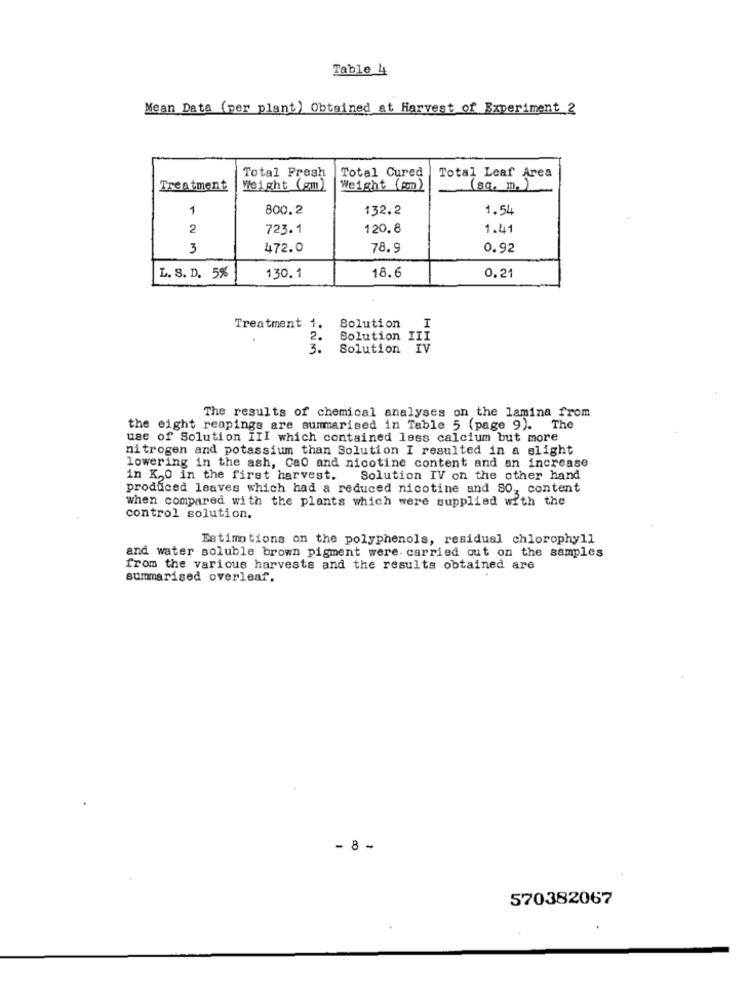
Table 4
Mean Data (per plant) Obtained at Harvest of Experiment 2
Total Cured
Total Fresh
Total Leaf Area
Treatment
Weight (gm)
Weight (gm)
(sq. m.)
1
800.2
132.2
1.54
2
723.1
120.8
1.41
3
472.0
78.9
0.92
18.6
L. S. D. 5%
130.1
0.21
Treatment 1.
Solution
I
Solution III
3.
Solution
IV
The results of chemical analyses on the lamina from
the eight reapings are summarised in Table 5 (page 9). The
use of Solution III which contained less calcium but more
nitrogen and potassium than Solution I resulted in a slight
lowering in the ash, Cao and nicotine content and an increase
in K,O in the first harvest.
Solution IV on the other hand
produced leaves which had a reduced nicotine and SO, content
when compared with the plants which were supplied with the
control solution.
Estimations on the polyphenols, residual chlorophyll
and water soluble brown pigment were carried out on the samples
from the various harvests and the results obtained are
summarised overleaf.
- 8 -
570382067